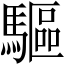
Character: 驅